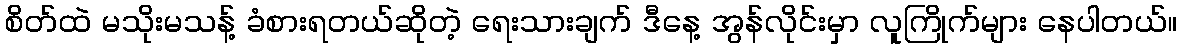
စိတ်ထဲ မသိုးမသန့် ခံစားရတယ်ဆိုတဲ့ ရေးသားချက် ဒီနေ့ အွန်လိုင်းမှာ လူကြိုက်များ နေပါတယ်။